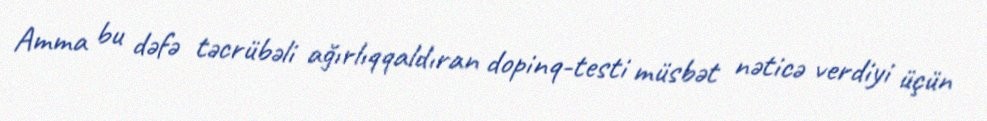
Amma bu dəfə təcrübəli ağırlıqqaldıran dopinq-testi müsbət nəticə verdiyi üçün